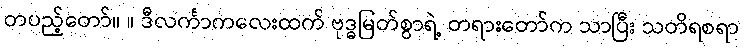
တပည့်တော်။ ။ ဒီလင်္ကာကလေးထက် ဗုဒ္ဓမြတ်စွာရဲ့ တရားတော်က သာပြီး သတိရစရာ